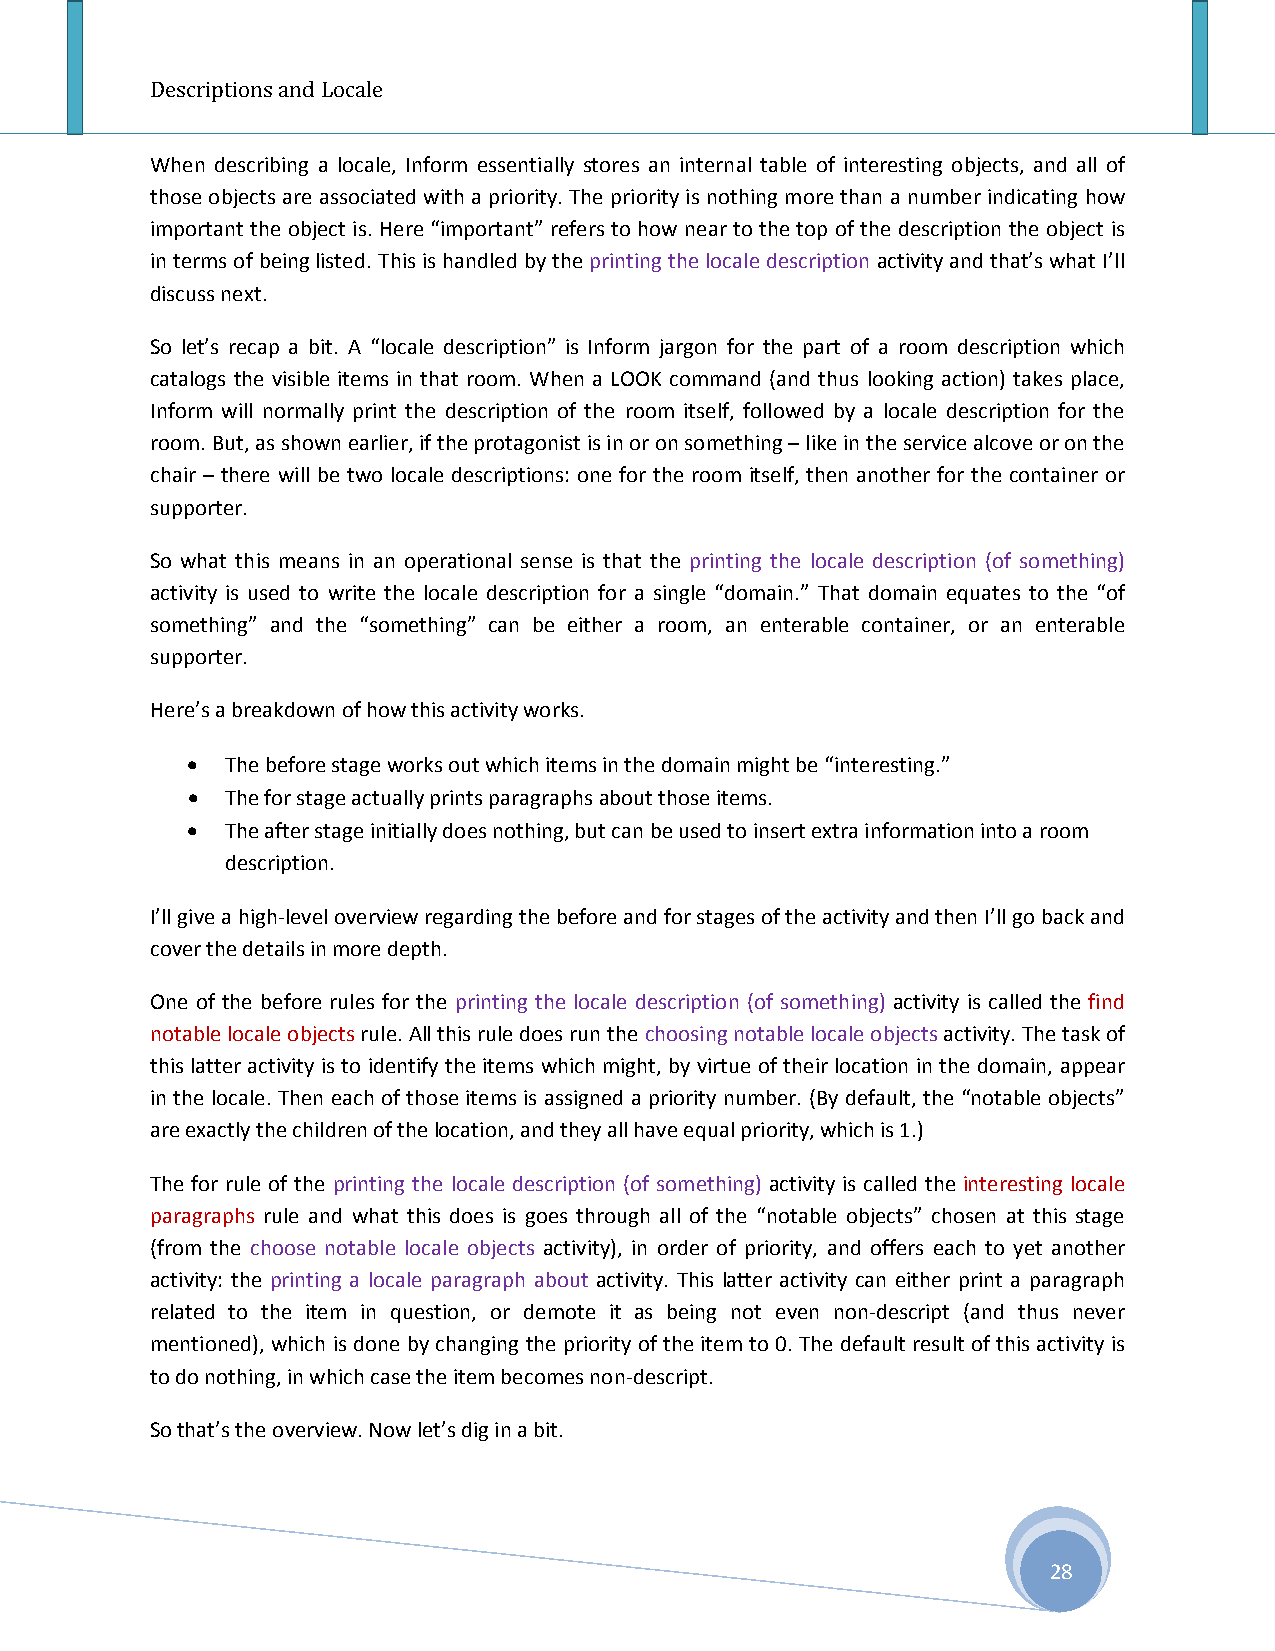
Descriptions and Locale
 When describing a locale, Inform essentially stores an internal table of interesting objects, and all of
 those objects are associated with a priority. The priority is nothing more than a number indicating how
 important the object is. Here “important” refers to how near to the top of the description the object is
 in terms of being listed. This is handled by the printing the locale description activity and that’s what I’ll
 discuss next.
 So let’s recap a bit. A “locale description” is Inform jargon for the part of a room description which
 catalogs the visible items in that room. When a LOOK command (and thus looking action) takes place,
 Inform will normally print the description of the room itself, followed by a locale description for the
 room. But, as shown earlier, if the protagonist is in or on something – like in the service alcove or on the
 chair – there will be two locale descriptions: one for the room itself, then another for the container or
 supporter.
 So what this means in an operational sense is that the printing the locale description (of something)
 activity is used to write the locale description for a single “domain.” That domain equates to the “of
 something” and the “something” can be either a room, an enterable container, or an enterable
 supporter.
 Here’s a breakdown of how this activity works.
 •  The before stage works out which items in the domain might be “interesting.”
 •  The for stage actually prints paragraphs about those items.
 •  The after stage initially does nothing, but can be used to insert extra information into a room
 description.
 I’ll give a high-level overview regarding the before and for stages of the activity and then I’ll go back and
 cover the details in more depth.
 One of the before rules for the printing the locale description (of something) activity is called the find
 notable locale objects rule. All this rule does run the choosing notable locale objects activity. The task of
 this latter activity is to identify the items which might, by virtue of their location in the domain, appear
 in the locale. Then each of those items is assigned a priority number. (By default, the “notable objects”
 are exactly the children of the location, and they all have equal priority, which is 1.)
 The for rule of the printing the locale description (of something) activity is called the interesting locale
 paragraphs rule and what this does is goes through all of the “notable objects” chosen at this stage
 (from the choose notable locale objects activity), in order of priority, and offers each to yet another
 activity: the printing a locale paragraph about activity. This latter activity can either print a paragraph
 related to the item in question, or demote it as being not even non-descript (and thus never
 mentioned), which is done by changing the priority of the item to 0. The default result of this activity is
 to do nothing, in which case the item becomes non-descript.
 So that’s the overview. Now let’s dig in a bit.
 28